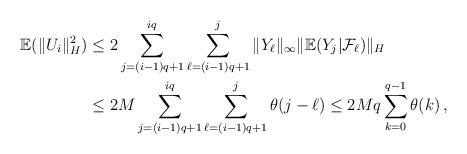
LaTeX: \begin{align*}{\mathbb E}(\|U_i\|_H^2)& \leq 2 \sum_{j=(i-1)q +1}^{iq}\sum_{\ell=(i-1)q +1}^j \|Y_\ell \|_\infty\| {\mathbb E}(Y_j|{\mathcal F}_{\ell})\|_H \\ &\leq 2M \sum_{j=(i-1)q +1}^{iq}\sum_{\ell=(i-1)q +1}^j \theta (j-\ell)\leq 2Mq \sum_{k=0}^{q-1} \theta (k)\, ,\end{align*}